Report on vaccination in the Province of Bengal - 1874-1889
Year: 1874
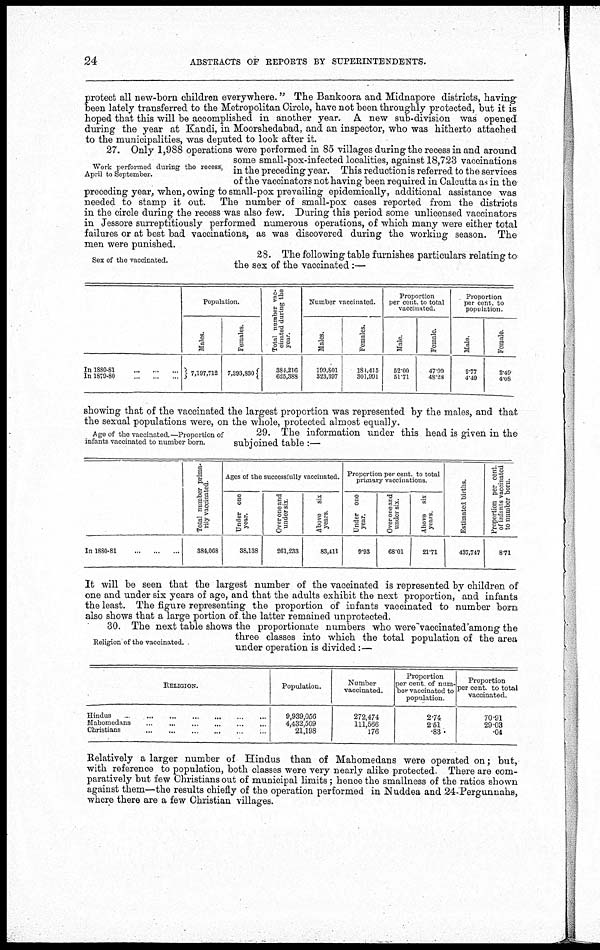
24
ABSTRACTS OF REPORTS BY SUPERINTENDENTS.
protect all new-born children everywhere." The Bankoora and Midnapore districts, having
been lately transferred to the Metropolitan Circle, have not been throughly protected, but it is
hoped that this will be accomplished in another year. A. new sub-division was opened
during the year at Kandi, in Moorshedabad, and an inspector, who was hitherto attached
to the municipalities, was deputed to look after it.
Work performed during the recess,
April to September.
27. Only 1,988 operations were performed in 85 villages during the recess in and around
some small-pox-infected localities, against 18,723 vaccinations
in the preceding year. This reduction is referred to the services
of the vaccinators not having been required in Calcutta as in the
preceding year, when, owing to small-pox prevailing epidemically, additional assistance was
needed to stamp it out. The number of small-pox cases reported from the districts
in the circle during the recess was also few. During this period some unlicensed vaccinators
in Jessore surreptitiously performed numerous operations, of which many were either total
failures or at best bad vaccinations, as was discovered during the working season. The
men were punished.
Sex of the vaccinated.
28. The following table furnishes particulars relating to
the sex of the vaccinated:—
In 1880-81...
...
...
In
1879-80...
...
...
Population.
Males.
7,197,712
Females.
7,893,830
Total number vac-
cinated during the
year.
384,216
625,388
Number vaccinated.
Males.
199,801
323,397
Females.
184,415
301,991
Proportion
per cent. to total
vaccinated.
Male.
52.00
51.71
Female.
47.99
48.28
Proportion
per cent to
population.
Male.
2.77
4.49
Female.
2.49
4.08
showing that of the vaccinated the largest proportion was represented by the males, and that
the sexual populations were, on the whole, protected almost equally.
Age of the vaccinated —Proportion of
infants vaccinated to number born.
29. The information under this head is given in the
subjoined table :—
In 1880-81...
...
...
...
Total number prima-
rily vaccinated.
384,068
Ages of the successfully vaccinated.
Under one
year.
Over one and
under six
Above six
years.
38,138
261,233
83,411
Proportion per cent to total
primary vaccinations
Under one
year.
Over one and
under six.
Above six
years
9.93
68.01
21.71
Estimated births
437,747
Proportion per cent
of infants vaccinated
to number born.
8.71
It will be seen that the largest number of the vaccinated is represented by children of
one and under six years of age, and that the adults exhibit the next proportion, and infants
the least. The figure representing the proportion of infants vaccinated to number born
also shows that a large portion of the latter remained unprotected.
Religion of the vaccinated.
30. The next table shows the proportionate numbers who were vaccinated among the
three classes into which the total population of the area
under operation is divided:—
RELIGION.
Hindus
.
...
...
...
Mahomedans
...
...
...
...
Christians...
...
...
...
Population.
9,939,056
4,432,509
21,198
Number
vaccinated.
272,474
111,566
176
Proportion
per cent of num-
ber vaccinated to
population.
2.74
2.51
.83
Proportion
per cent to total
vaccinated.
70.91
29.03
.04
Relatively a larger number of Hindus than of Mahomedans were operated on; but,
with reference to population, both classes were very nearly alike protected. There are com-
paratively but few Christians out of municipal limits; hence the smallness of the ratios shown
against them—the results chiefly of the operation performed in Nuddea and 24-Pergunuahs,
where there are a few Christian villages.